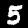
Digit: 5